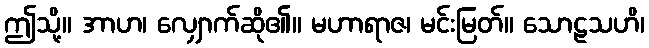
ဤသို့။ အာဟ၊ လျှောက်ဆို၏။ မဟာရာဇ၊ မင်းမြတ်။ သောဠသဟိ၊